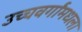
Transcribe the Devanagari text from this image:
उच्चवर्गांमधला